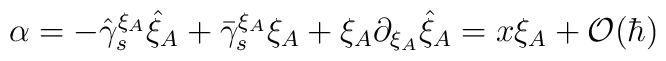
\alpha = - \hat{\gamma}^{\xi_A}_s \hat{\xi}_A + \bar{\gamma}^{\xi_A}_s \xi_A +                \xi_A \partial_{\xi_A} \hat{\xi}_A = x \xi_A + {\cal O} (\hbar )